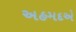
અહમદએ